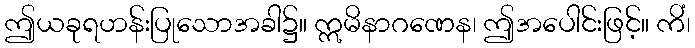
ဤယခုရဟန်းပြုသောအခါ၌။ ဣမိနာဂဏေန၊ ဤအပေါင်းဖြင့်။ ကိံ၊